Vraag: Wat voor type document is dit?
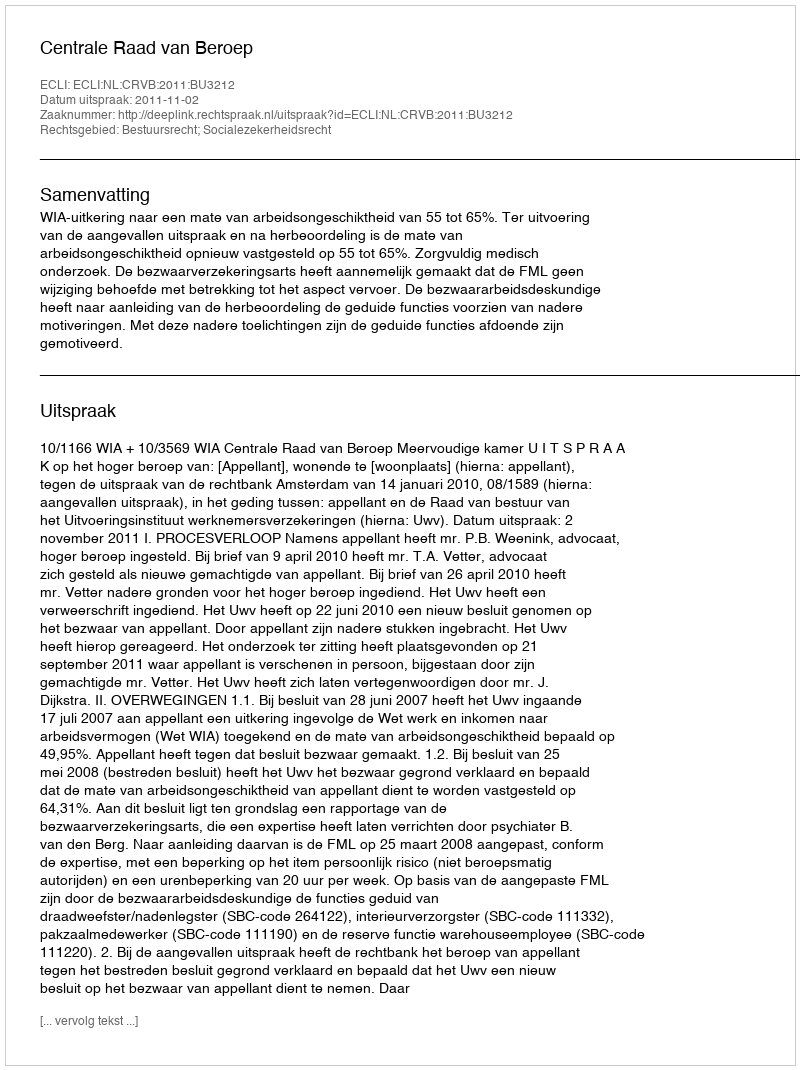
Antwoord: Uitspraak